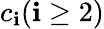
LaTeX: c_{\mathbf{i}}(\mathbf{i}\geq2)